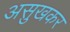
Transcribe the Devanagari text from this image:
असुखकर